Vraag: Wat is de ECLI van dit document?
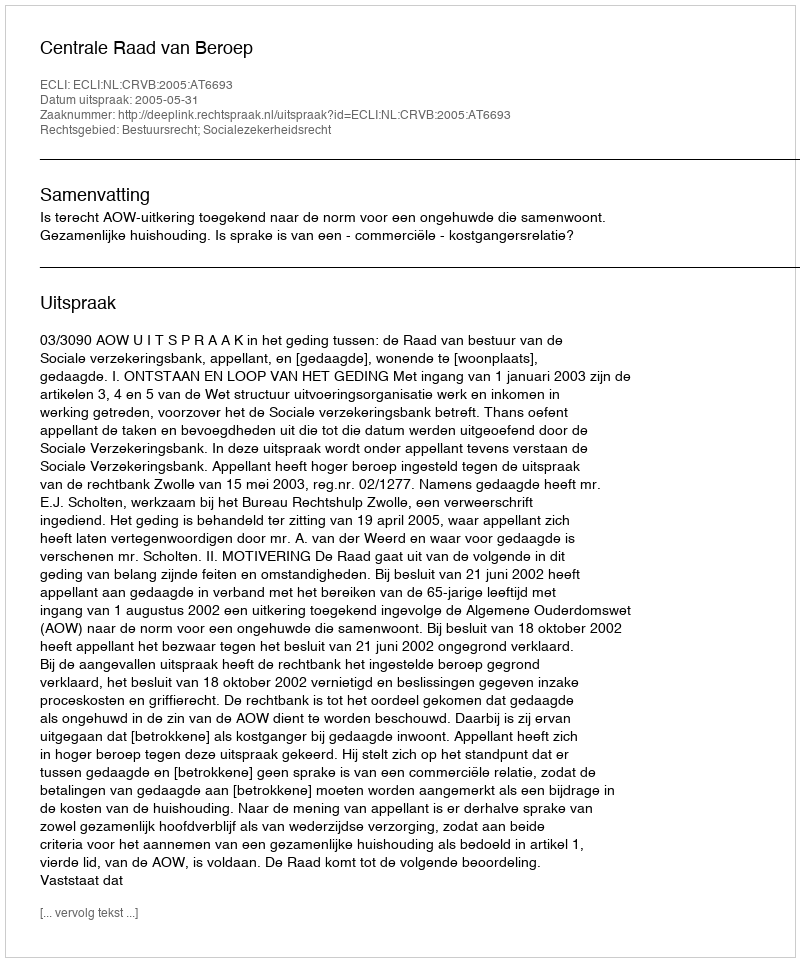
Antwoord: ECLI:NL:CRVB:2005:AT6693